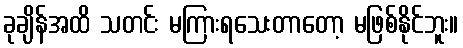
ခုချိန်အထိ သတင်း မကြားရသေးတာတော့ မဖြစ်နိုင်ဘူး။